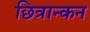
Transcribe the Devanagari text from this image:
छित्रान्कन